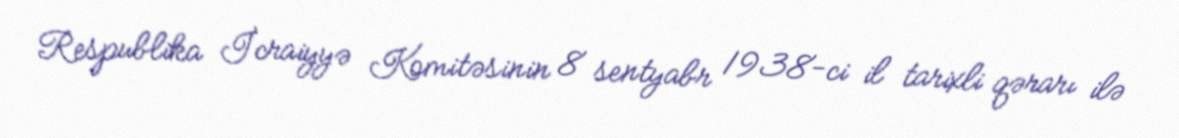
Respublika İcraiyyə Komitəsinin 8 sentyabr 1938-ci il tarixli qərarı ilə